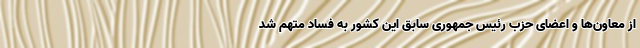
از معاون‌ها و اعضای حزب رئیس جمهوری سابق این کشور به فساد متهم شد